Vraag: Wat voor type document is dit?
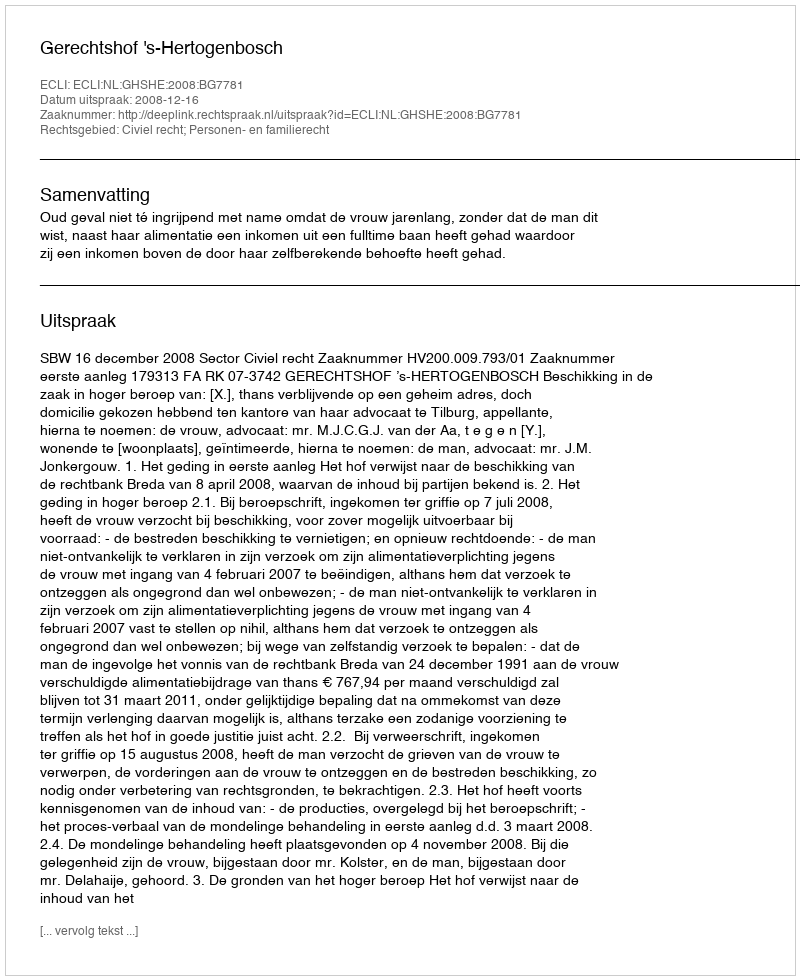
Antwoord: Uitspraak